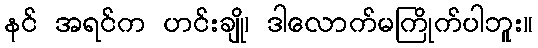
နင် အရင်က ဟင်းချို၊ ဒါလောက်မကြိုက်ပါဘူး။